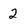
Character: 2